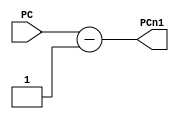
module PC_sub_1(input[31 : 0] PC,
                output[31 : 0] PCn1);
    assign PCn1 = PC - 1;
endmodule